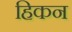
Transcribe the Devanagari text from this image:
हिकन